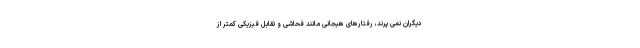
دیگران نمی پرند، رفتارهای هیجانی مانند فحاشی و تقابل فیزیکی کمتر از